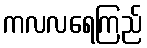
ကလလရေကြည်